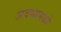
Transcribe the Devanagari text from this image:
जवसामध्ये